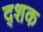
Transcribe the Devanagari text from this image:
द्शक